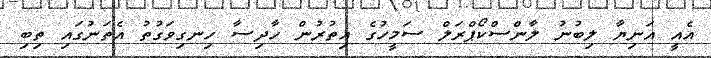
އެއީ އަނިޔާ ލިބުނު ލާންސްކޯޕްރަލް ސަމީހުގެ އިތުރުން ހާދިސާ ހިނގިވަގުތު އެތަނުގައި ތިބި